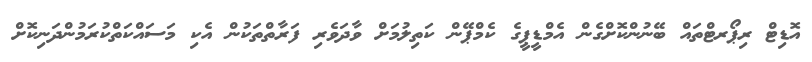
އޮޑިޓް ރިޕޯރޓްތައް ބޭނުންކޮށްގެން އެމްޑީޕީގެ ކެމްޕޭން ކަތިލުމަށް ވާދަވެރި ފަރާތްތަކުން އެކި މަސައްކަތްކުރަމުންދަނިކޮށް